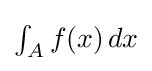
{\textstyle \int _{A}f(x)\,dx}